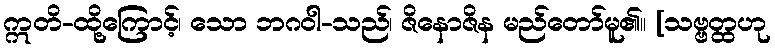
ဣတိ-ထို့ကြောင့်၊ သော ဘဂဝါ-သည်၊ ဇိနောဇိန မည်တော်မူ၏။ [သဗ္ဗတ္ထဟု